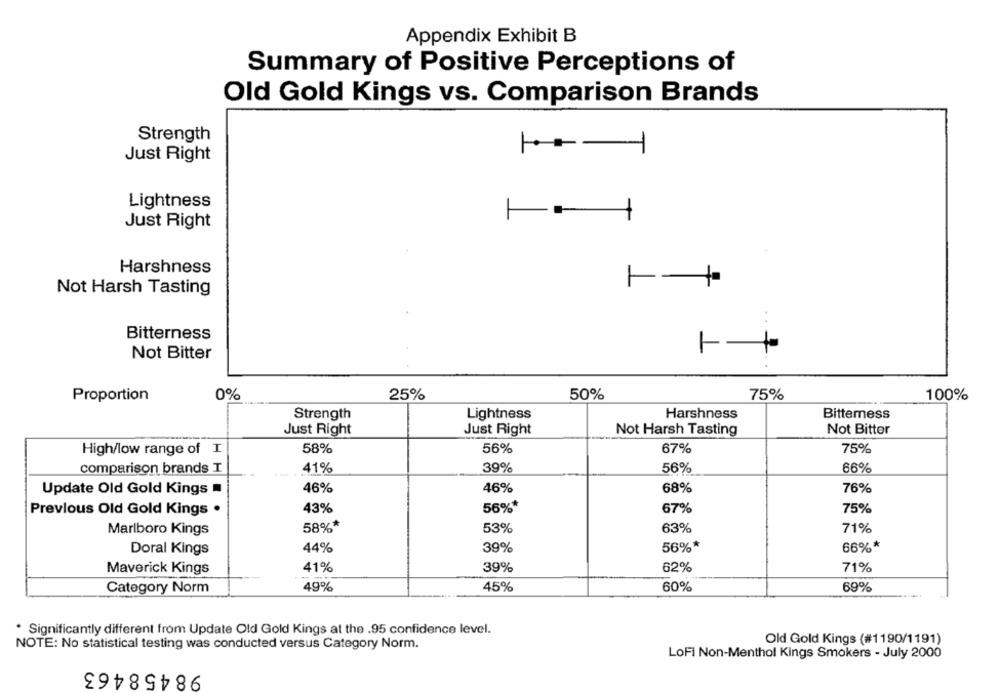
Appendix Exhibit B
Summary of Positive Perceptions of
Old Gold Kings vs. Comparison Brands
Strength
Just Right
Lightness
Just Right
Harshness
Not Harsh Tasting
Bitterness
Not Bitter
50%
Proportion
0%
25%
75%
100%
Strength
Lightness
Harshness
Bittemess
Just Right
Just Right
Not Harsh Tasting
Not Bitter
58%
56%
67%
75%
High/low range of I
comparison brands I
41%
39%
56%
66%
Update Old Gold Kings
46%
46%
68%
76%
Previous Old Gold Kings .
43%
56%*
67%
75%
Marlboro Kings
58%*
53%
63%
71%
44%
39%
56%*
66%*
Doral Kings
41%
39%
62%
71%
Maverick Kings
Category Norm
49%
45%
60%
69%
* Significantly different from Update Old Gold Kings at the .95 confidence level.
NOTE: No statistical testing was conducted versus Category Norm.
Old Gold Kings (#1190/1191)
LoFi Non-Menthol Kings Smokers - July 2000
98458463